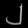
Digit: ၂